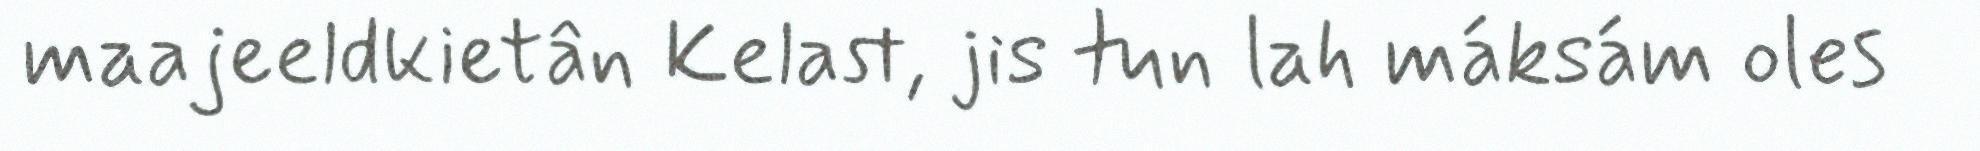
maajeeldkietân Kelast, jis tun lah máksám oles